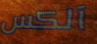
آلكس